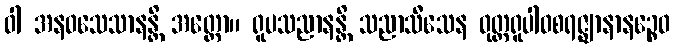
ဝါ အနဝသေသာနန္တိ အတ္ထော။ ရူပသညာနန္တိ သညာသီသေန ဝုတ္တရူပါဝစရဇ္ဈာနာနဉ္စေဝ